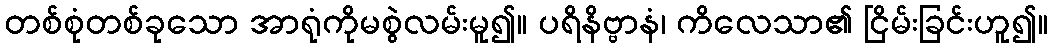
တစ်စုံတစ်ခုသော အာရုံကိုမစွဲလမ်းမူ၍။ ပရိနိဗ္ဗာနံ၊ ကိလေသာ၏ ငြိမ်းခြင်းဟူ၍။